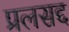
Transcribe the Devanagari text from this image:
प्रलसद्द